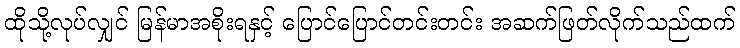
ထိုသို့လုပ်လျှင် မြန်မာအစိုးရနှင့် ပြောင်ပြောင်တင်းတင်း အဆက်ဖြတ်လိုက်သည်ထက်